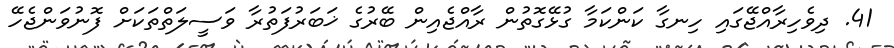
41. ދިވެހިރާއްޖޭގައި ހިނގާ ކަންކަމާ ގުޅޭގޮތުން ރާއްޖެއިން ބޭރުގެ ޚަބަރުފަތުރާ ވަސީލަތްތަކަށް ފޮނުވަންޖެހޭ